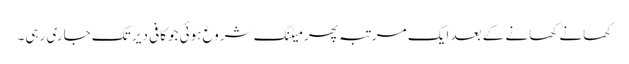
کھانے کھانے کے بعد ایک مرتبہ پھر میٹنگ شروع ہوئی جوکافی دیر تک جاری رہی۔